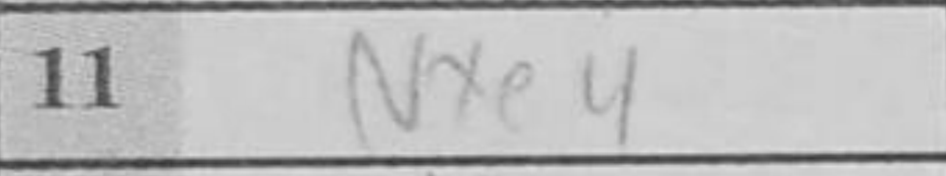
Transcription: Nxe4